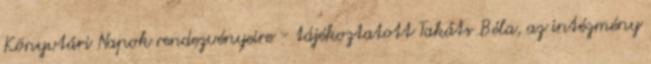
Könyvtári Napok rendezvényeire - tájékoztatott Takáts Béla, az intézmény